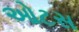
ઓટસ